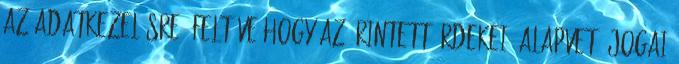
az adatkezelésre, feltéve hogy az érintett érdekei, alapvető jogai